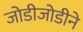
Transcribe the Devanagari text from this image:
जोडीजोडीने